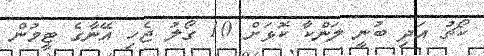
ކޯޗު އަދި ބުނީ ލަންކާ ކޮޅަށް 10 ގޯލު ޖެހި އޭނާގެ ޓީމުން